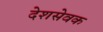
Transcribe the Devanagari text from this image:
देशसेवक